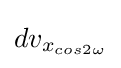
dv_{x_{cos2\omega }}